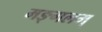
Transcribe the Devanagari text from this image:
मङ्गलम्